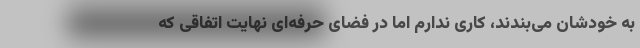
به خودشان می‌بندند، کاری ندارم اما در فضای حرفه‌ای نهایت اتفاقی که